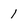
Character: 1